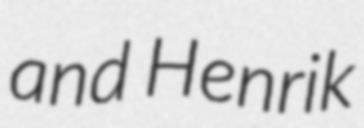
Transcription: and Henrik